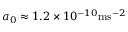
\, a _ { 0 } \approx 1 . 2 \times 1 0 ^ { - 1 0 } \mathrm { m s } ^ { - 2 }